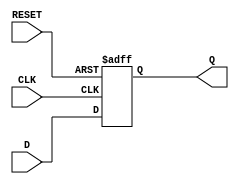
module NegEdgeDFF(
    input D,
    input CLK,
    input RESET,
    output reg Q
);

always @(negedge CLK or posedge RESET) begin
    if (RESET)
        Q <= 0; // reset to specific value
    else
        Q <= D; // change on falling edge of clock
end

endmodule